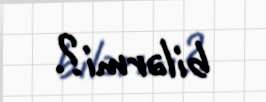
bilərmi?.